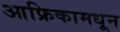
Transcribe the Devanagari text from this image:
आफ्रिकामधून